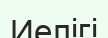
Иелігі